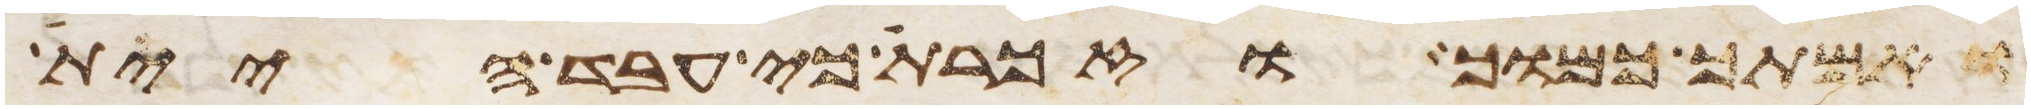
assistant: ואמתך כמוך וזכרת כי עבד היית